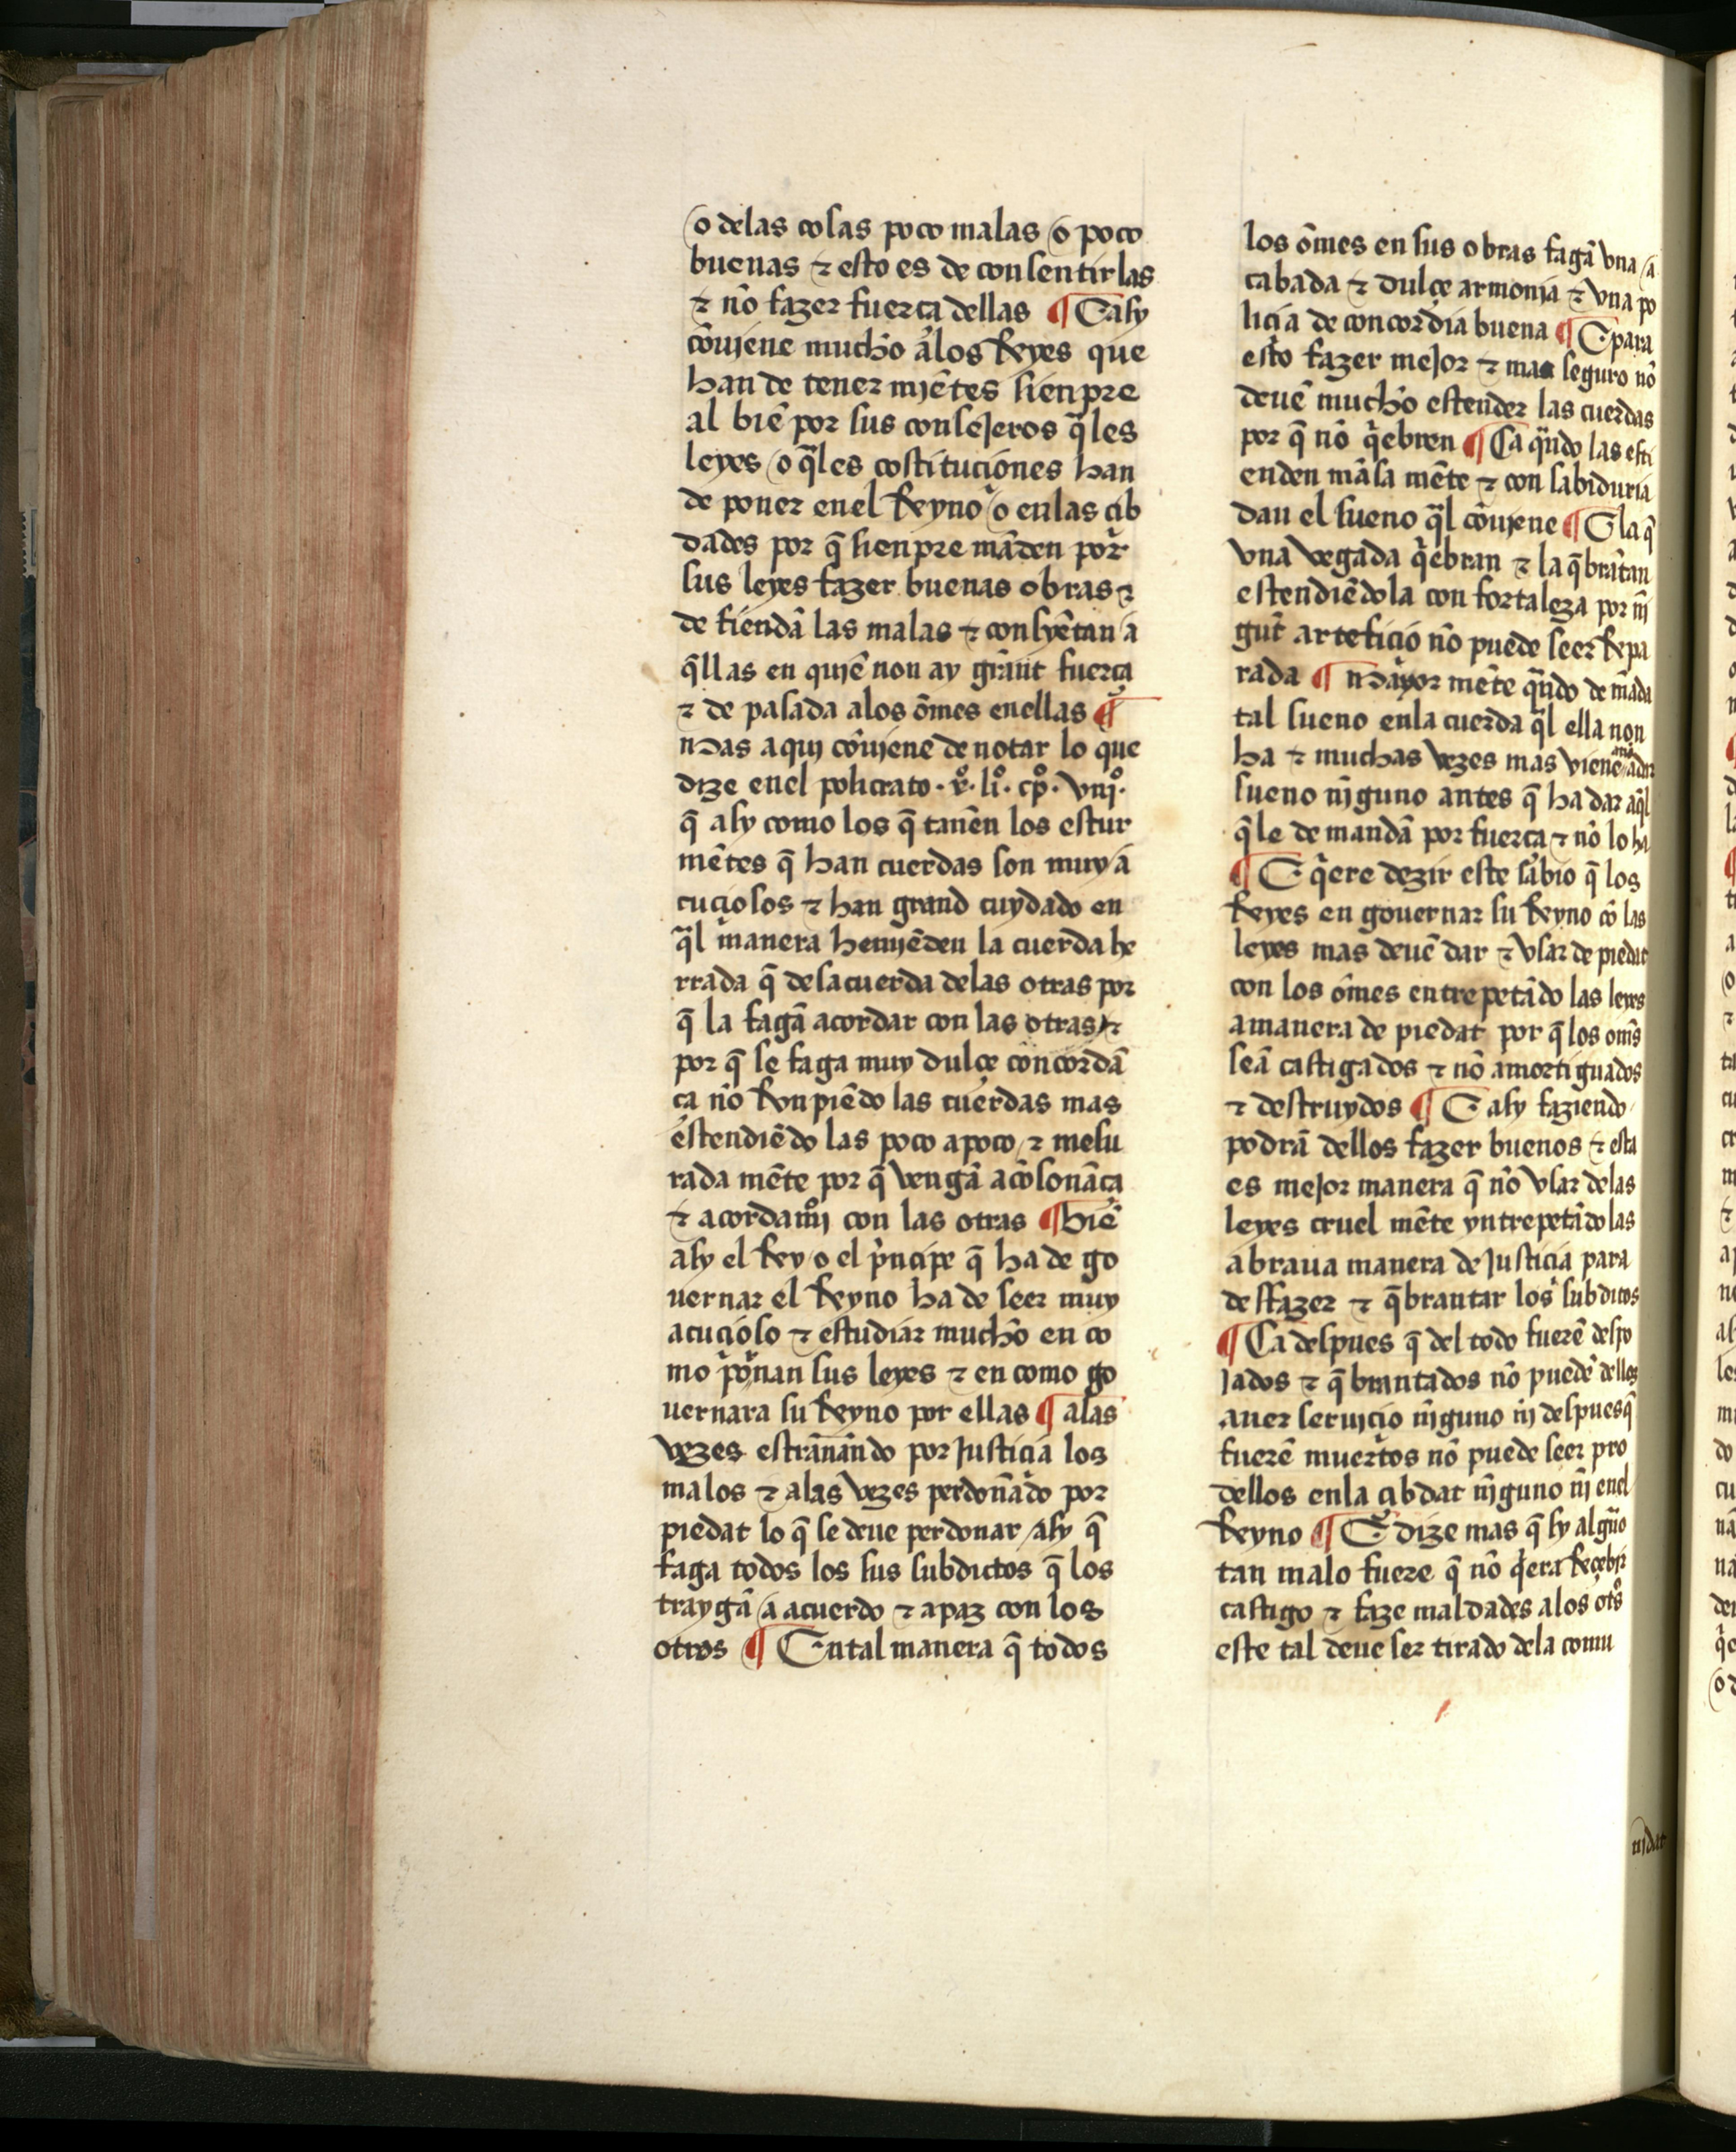
Shelfmark: Salamanca, Biblioteca Histórica USAL, 2709
Century: 15